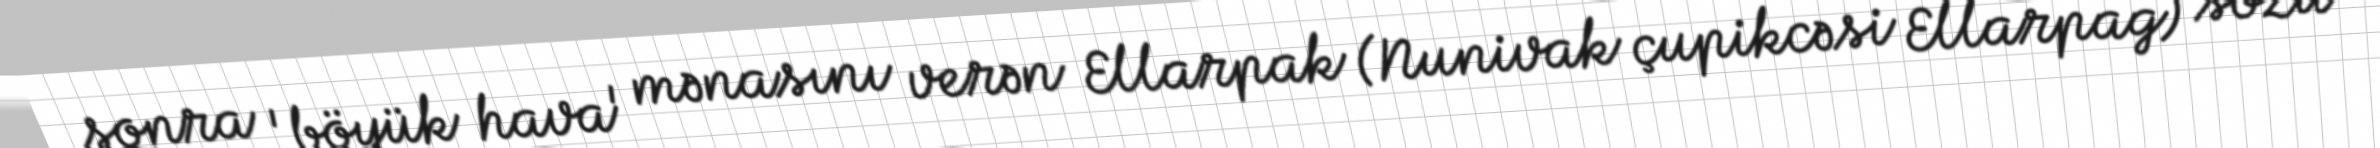
sonra 'böyük hava' mənasını verən Ellarpak (Nunivak çupikcəsi Ellarpag) sözü